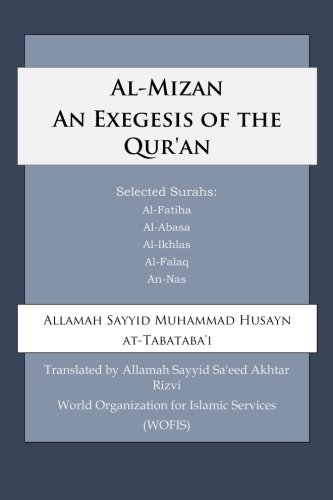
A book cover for Al-Mizan An Exegesis of the Qur'an; Allamah Sayyid Muhammad Husayn at-Tabataba'i; Religion & Spirituality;